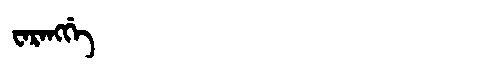
Manchu: ᠸᠠᡵᠠᠩᡤᡝ
Romanization: WARANGGE